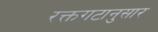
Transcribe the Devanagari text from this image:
रक्तगटानुसार